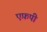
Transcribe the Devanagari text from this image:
एफ़पी